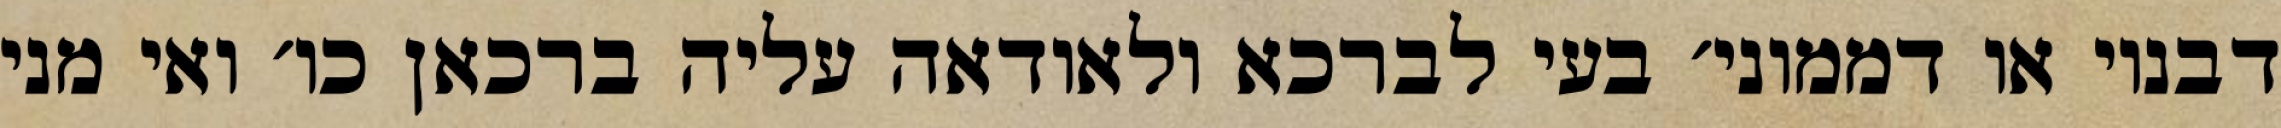
דבנוי או דממוני׳ בעי לברכא ולאודאה עליה ברכאן כו׳ ואי מני